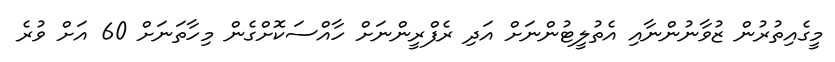
މީގެއިތުރުން ޒުވާނުންނާއި އެތުލީޓުންނަށް އަދި ރެފްރީންނަށް ހާއްސަކޮށްގެން މިހާތަނަށް 60 އަށް ވުރެ